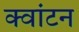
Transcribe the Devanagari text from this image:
क्वांटन